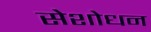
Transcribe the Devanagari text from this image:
सेशोधन